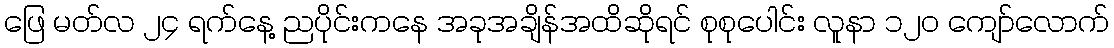
ဖြေ မတ်လ ၂၄ ရက်နေ့ ညပိုင်းကနေ အခုအချိန်အထိဆိုရင် စုစုပေါင်း လူနာ ၁၂၀ ကျော်လောက်